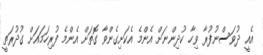
އެއީ ދުވަސްނުފުރާ ވިހާ ކުދިންނަށް އެންމެ އެކަށިގެންވާ ގޮތަށް އެންމެ ފުރިހަމައަށް ގުދުރަތީ